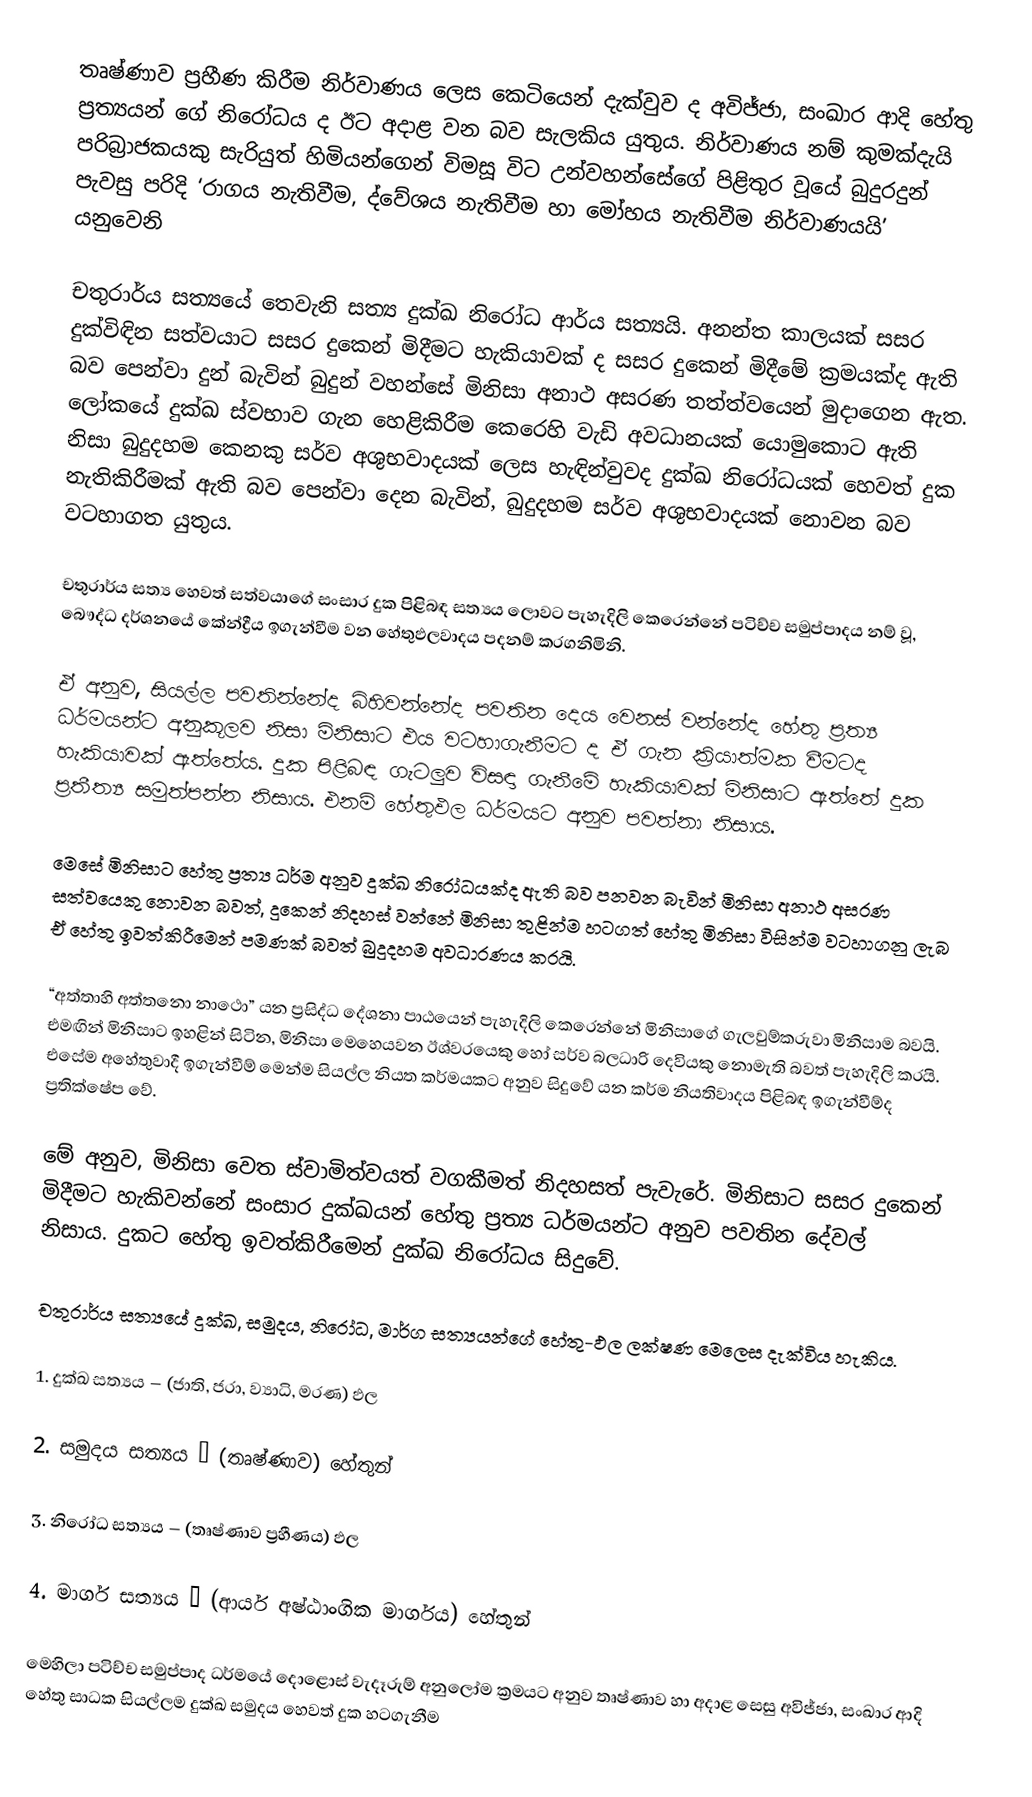
තෘෂ්ණාව ප්‍රහීණ කිරීම නිර්වාණය ලෙස කෙටියෙන් දැක්වුව ද අවිජ්ජා, සංඛාර ආදි හේතු ප්‍රත්‍යයන් ගේ නිරෝධය ද ඊට අදාළ වන බව සැලකිය යුතුය. නිර්වාණය නම් කුමක්දැයි පරිබ්‍රාජකයකු සැරියුත් හිමියන්ගෙන් විමසූ විට උන්වහන්සේගේ පිළිතුර වූයේ බුදුරදුන් පැවසු පරිදි ‘රාගය නැතිවීම, ද්වේශය නැතිවීම හා මෝහය නැතිවීම නිර්වාණයයි’ යනුවෙනි

චතුරාර්ය සත්‍යයේ තෙවැනි සත්‍ය දුක්ඛ නිරෝධ ආර්ය සත්‍යයි. අනන්ත කාලයක් සසර දුක්විඳින සත්වයාට සසර දුකෙන් මිදීමට හැකියාවක් ද සසර දුකෙන් මිදීමේ ක්‍රමයක්ද ඇති බව පෙන්වා දුන් බැවින් බුදුන් වහන්සේ මිනිසා අනාථ අසරණ තත්ත්වයෙන් මුදාගෙන ඇත. ලෝකයේ දුක්ඛ ස්වභාව ගැන හෙළිකිරීම කෙරෙහි වැඩි අවධානයක් යොමුකොට ඇති නිසා බුදුදහම කෙනකු සර්ව අශුභවාදයක් ලෙස හැඳින්වුවද දුක්ඛ නිරෝධයක් හෙවත් දුක නැතිකිරීමක් ඇති බව පෙන්වා දෙන බැවින්, බුදුදහම සර්ව අශුභවාදයක් නොවන බව වටහාගත යුතුය.

චතුරාර්ය සත්‍ය හෙවත් සත්වයාගේ සංසාර දුක පිළිබඳ සත්‍යය ලොවට පැහැදිලි කෙරෙන්නේ පටිච්ච සමුප්පාදය නම් වූ, බෞද්ධ දර්ශනයේ කේන්ද්‍රීය ඉගැන්වීම වන හේතුඵලවාදය පදනම් කරගනිමිනි.

ඒ අනුව, සියල්ල පවතින්නේද බිහිවන්නේද පවතින දෙය වෙනස් වන්නේද හේතු ප්‍රත්‍ය ධර්මයන්ට අනුකූලව නිසා මිනිසාට එය වටහාගැනීමට ද ඒ ගැන ක්‍රියාත්මක වීමටද හැකියාවක් ඇත්තේය. දුක පිළිබඳ ගැටලුව විසඳා ගැනීමේ හැකියාවක් මිනිසාට ඇත්තේ දුක ප්‍රතීත්‍ය සමුත්පන්න නිසාය. එනම් හේතුඵල ධර්මයට අනුව පවත්නා නිසාය.

මෙසේ මිනිසාට හේතු ප්‍රත්‍ය ධර්ම අනුව දුක්ඛ නිරෝධයක්ද ඇති බව පනවන බැවින් මිනිසා අනාථ අසරණ සත්වයෙකු නොවන බවත්, දුකෙන් නිදහස් වන්නේ මිනිසා තුළින්ම හටගත් හේතු මිනිසා විසින්ම වටහාගනු ලැබ ඒ හේතු ඉවත්කිරීමෙන් පමණක් බවත් බුදුදහම අවධාරණය කරයි.

“අත්තාහි අත්තනො නාථො” යන ප්‍රසිද්ධ දේශනා පාඨයෙන් පැහැදිලි කෙරෙන්නේ මිනිසාගේ ගැලවුම්කරුවා මිනිසාම බවයි. එමඟින් මිනිසාට ඉහළින් සිටින, මිනිසා මෙහෙයවන ඊශ්වරයෙකු හෝ සර්ව බලධාරි දෙවියකු නොමැති බවත් පැහැදිලි කරයි. එසේම අහේතුවාදී ඉගැන්වීම් මෙන්ම සියල්ල නියත කර්මයකට අනුව සිදුවේ යන කර්ම නියතිවාදය පිළිබඳ ඉගැන්වීම්ද ප්‍රතික්ෂේප වේ.

මේ අනුව, මිනිසා වෙත ස්වාමිත්වයත් වගකීමත් නිදහසත් පැවැරේ. මිනිසාට සසර දුකෙන් මිදීමට හැකිවන්නේ සංසාර දුක්ඛයන් හේතු ප්‍රත්‍ය ධර්මයන්ට අනුව පවතින දේවල් නිසාය. දුකට හේතු ඉවත්කිරීමෙන් දුක්ඛ නිරෝධය සිදුවේ.

චතුරාර්ය සත්‍යයේ දුක්ඛ, සමුදය, නිරෝධ, මාර්ග සත්‍යයන්ගේ හේතු-ඵල ලක්ෂණ මෙලෙස දැක්විය හැකිය.

1. දුක්ඛ සත්‍යය – (ජාති, ජරා, ව්‍යාධි, මරණ) ඵල

2. සමුදය සත්‍යය – (තෘෂ්ණාව) හේතුන්

3. නිරෝධ සත්‍යය – (තෘෂ්ණාව ප්‍රහීණය) ඵල

4. මාර්ග සත්‍යය – (ආර්ය අෂ්ඨාංගික මාර්ගය) හේතුන්

මෙහිලා පටිච්ච සමුප්පාද ධර්මයේ දොළොස් වැදෑරුම් අනුලෝම ක්‍රමයට අනුව තෘෂ්ණාව හා අදාළ සෙසු අවිජ්ජා, සංඛාර ආදි හේතු සාධක සියල්ලම දුක්ඛ සමුදය හෙවත් දුක හටගැනීම